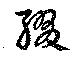
綴